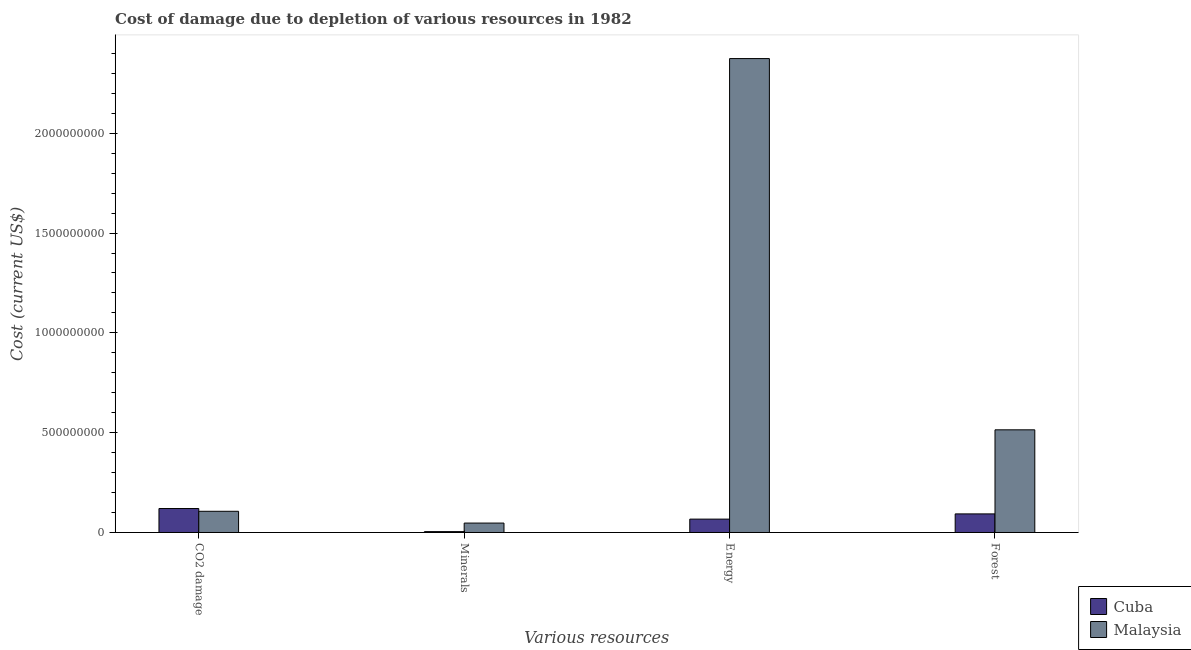
| Various resources | Cuba | Malaysia |
 | --- | --- | --- |
 | CO2 damage | 1.2e+08 | 1.06e+08 |
 | Minerals | 4.38e+06 | 4.71e+07 |
 | Energy | 6.7e+07 | 2.37e+09 |
 | Forest | 9.31e+07 | 5.14e+08 |